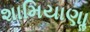
શામિયાણાૢ